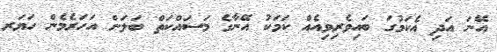
އޭނަ އަދި އެކަމުގަ ބައިވެރިވިއެއް ކަމަކު އޭނާގެ މަސައްކަތް ބަލަން އަހަރެމެން ހަޔަރ